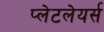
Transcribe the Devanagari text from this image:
प्लेटलेयर्स